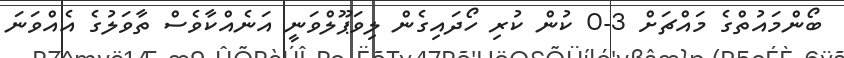
ބޯންމައުތްގެ މައްޗަށް 3-0 ކުން ކުރި ހޯދައިގެން ލިވަޕޫލްވަނީ އަނެއްކާވެސް ތާވަލުގެ އެއްވަނަ